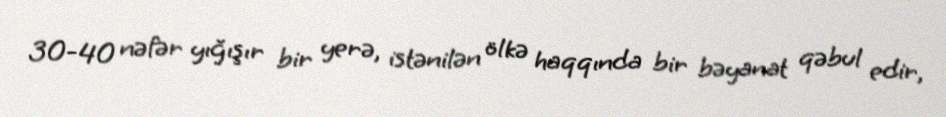
30-40 nəfər yığışır bir yerə, istənilən ölkə haqqında bir bəyanat qəbul edir,